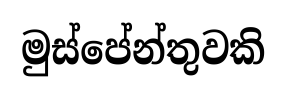
මුස්පේන්තුවකි